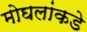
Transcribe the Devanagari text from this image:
मोघलांकडे